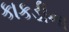
કાકડીના